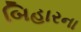
બિહારના